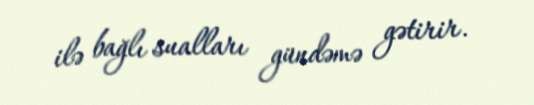
ilə bağlı sualları gündəmə gətirir.